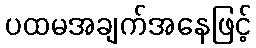
ပထမအချက်အနေဖြင့်